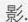
影.